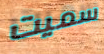
سميت